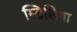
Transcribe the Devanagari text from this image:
म्टिलिगा